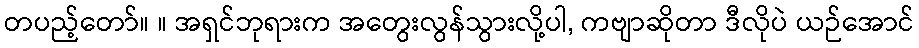
တပည့်တော်။ ။ အရှင်ဘုရားက အတွေးလွန်သွားလို့ပါ, ကဗျာဆိုတာ ဒီလိုပဲ ယဉ်အောင်